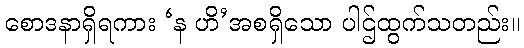
စောဒနာရှိရကား ‘န ဟိ’အစရှိသော ပါဌ်ထွက်သတည်း။